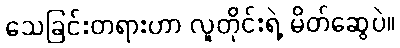
သေခြင်းတရားဟာ လူတိုင်းရဲ့ မိတ်ဆွေပဲ။